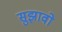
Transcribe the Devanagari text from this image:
सुझावो